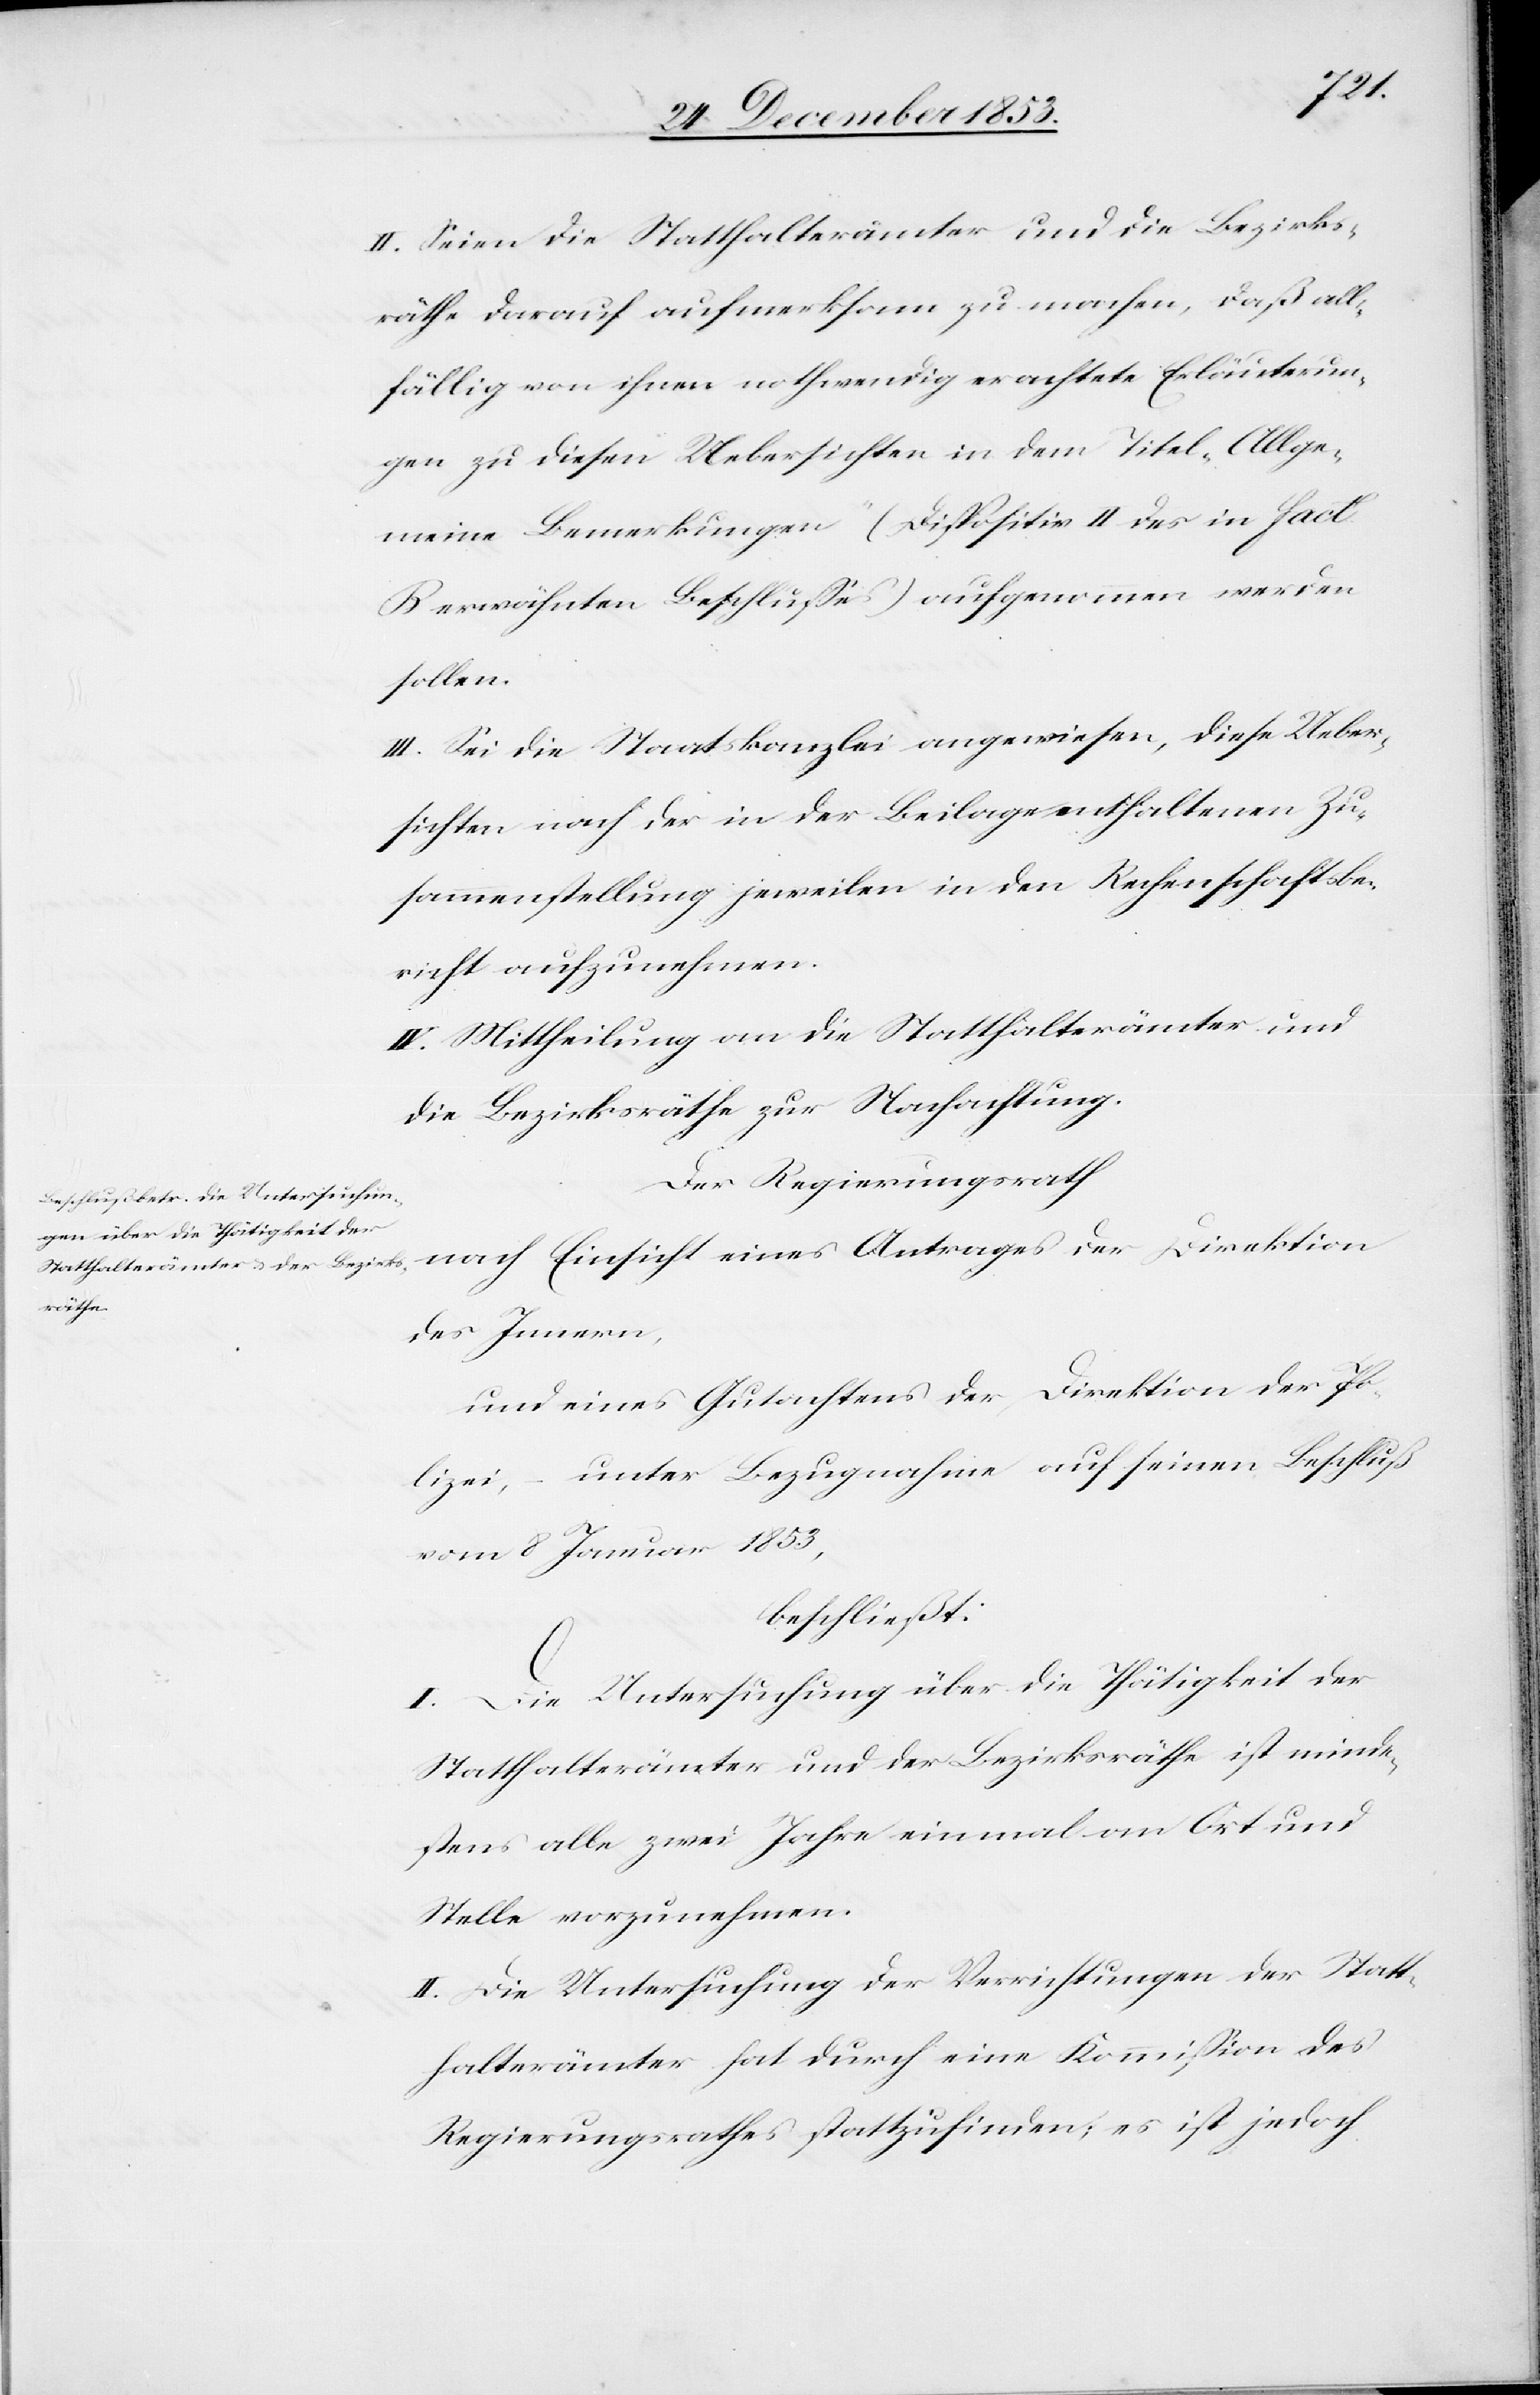
II. Seien die Statthalterämter und die Bezirks¬
räthe darauf aufmerksam zu machen, daß all¬
fällig von ihnen nothwendig erachtete Erläuterun¬
gen zu diesen Uebersichten in dem Titel „Allge¬
meine Bemerkungen“ (Dispositiv II des in fact
B erwähnten Beschlußes) aufgenommen werden
sollen.
III. Sei die Staatskanzlei angewiesen, diese Ueber¬
sichten nach der in der Beilage enthaltenen Zu¬
sammensetzung jeweilen in den Rechenschaftsbe¬
richt aufzunehmen.
IV. Mittheilung an die Statthalterämter und
die Bezirksräthe zur Nachachtung.
Der Regierungsrath
nach Einsicht eines Antrages der Direktion
des Innern,
und eines Gutachtens der Direktion der Po¬
lizei, – unter Bezugnahme auf seinen Beschluß
vom 8 Januar 1853,
beschließt:
I. Die Untersuchung über die Thätigkeit der
Statthalterämter und der Bezirksräthe ist minde¬
stens alle zwei Jahre einmal an Ort und
Stelle vorzunehmen.
II. Die Untersuchung der Verrichtungen der Statt¬
halterämter hat durch eine Kommißion des
Regierungsrathes stattzufinden; es ist jedoch